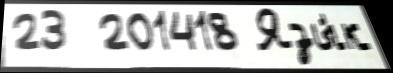
23  201418 Язы́к